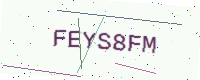
Text: FEYS8FM